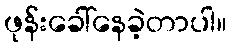
ဖုန်းခေါ်နေခဲ့တာပါ။